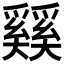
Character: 𰋴